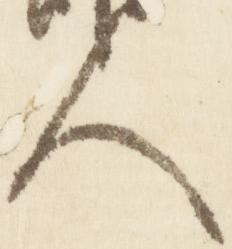
人